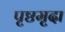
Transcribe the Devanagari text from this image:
पृष्ठमृदा